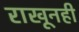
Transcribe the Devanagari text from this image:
राखूनही